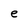
Character: e